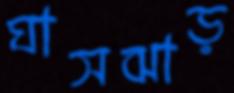
ঘাসঝাড়